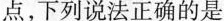
点，下列说法正确的是